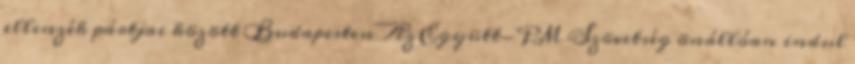
ellenzék pártjai között Budapesten Az Együtt-PM Szövetség önállóan indul